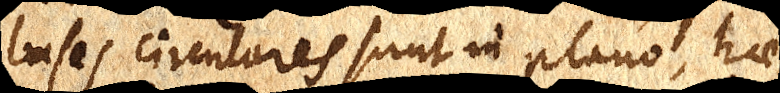
bases circulares sunt in plano, hae